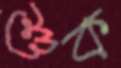
শুক